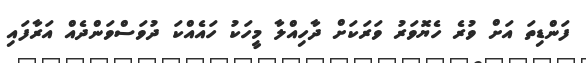
ފަންޑިތަ އަށް ވުރެ ހެޔޮވަރު ވަރަކަށް ދާހިއްލާ މީހަކު ހައެއްކަ ދުވަސްވަންދެއް އަރާފަައި